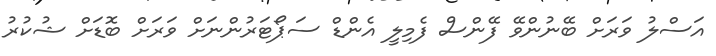
އަސްލު ވަރަށް ބޭނުންވޭ ފޭންސް ފެމިލީ އެންޑް ސަޕޯޓަރުންނަށް ވަރަށް ބޮޑަށް ޝުކުރު